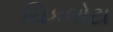
ચિકલોટા